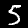
Digit: 5